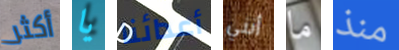
أكثر يا أعدائنا أنني ما منذ